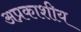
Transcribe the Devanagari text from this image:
अप्रकाशीय